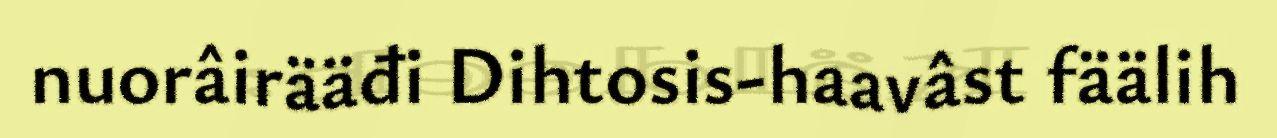
nuorâirääđi Dihtosis-haavâst fäälih